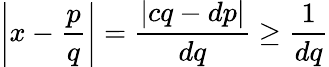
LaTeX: \left|x-{\frac{p}{q}}\right|={\frac{|cq-dp|}{dq}}\geq{\frac{1}{dq}}